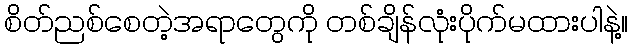
စိတ်ညစ်စေတဲ့အရာတွေကို တစ်ချိန်လုံးပိုက်မထားပါနဲ့။